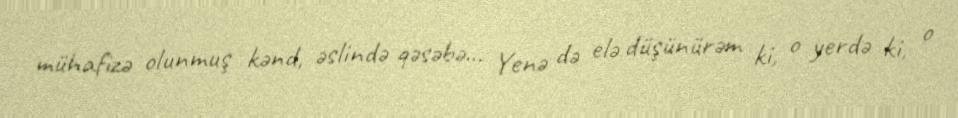
mühafizə olunmuş kənd, əslində qəsəbə... Yenə də elə düşünürəm ki, o yerdə ki, o